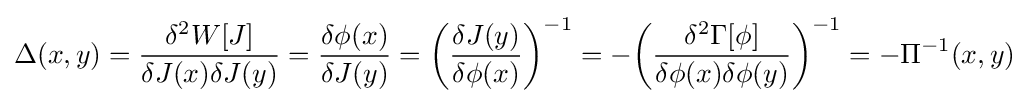
\Delta (x,y)={\frac {\delta ^{2}W[J]}{\delta J(x)\delta J(y)}}={\frac {\delta \phi (x)}{\delta J(y)}}={\bigg (}{\frac {\delta J(y)}{\delta \phi (x)}}{\bigg )}^{-1}=-{\bigg (}{\frac {\delta ^{2}\Gamma [\phi ]}{\delta \phi (x)\delta \phi (y)}}{\bigg )}^{-1}=-\Pi ^{-1}(x,y)